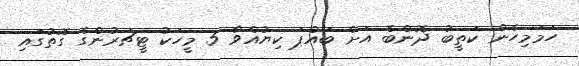
ހަމަމިހެން ކަތީބު ދޮންބެ އަށް ބައްޕަ ކިޔުއްވާ 5 މީހަކު ޓީޗަރުންގެ ގޮތުގައި